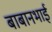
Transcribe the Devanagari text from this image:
बाबानभाई